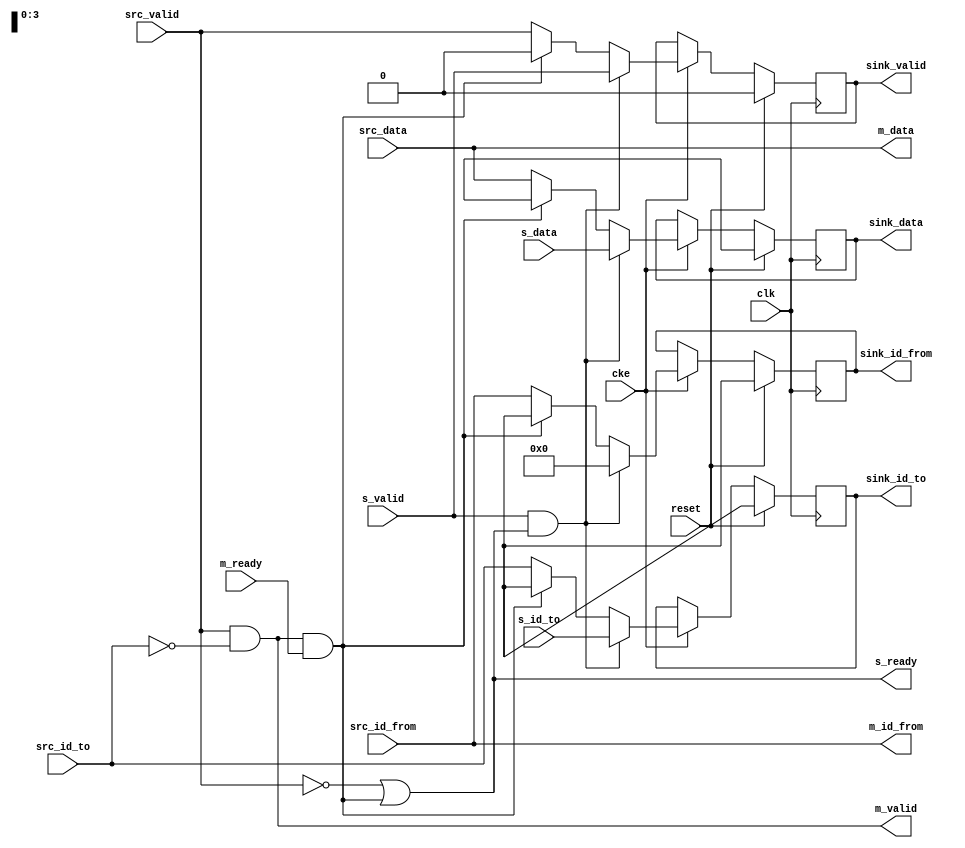
// This program was cloned from: https://github.com/ryuz/jelly
// License: MIT License

// ---------------------------------------------------------------------------
//  Jelly  -- The platform for real-time computing
//
//                                 Copyright (C) 2008-2020 by Ryuz
//                                 https://github.com/ryuz/jelly.git
// ---------------------------------------------------------------------------



`timescale 1ns / 1ps
`default_nettype none



// ring bus unit
module jelly_ring_bus_unit
        #(
            parameter   DATA_WIDTH    = 32,
            parameter   ID_TO_WIDTH   = 4,
            parameter   ID_FROM_WIDTH = 4,
            parameter   UNIT_ID_TO    = 0,
            parameter   UNIT_ID_FROM  = 0,
            
            // local
            parameter   ID_TO_BITS    = ID_TO_WIDTH   > 0 ? ID_TO_WIDTH   : 1,
            parameter   ID_FROM_BITS  = ID_FROM_WIDTH > 0 ? ID_FROM_WIDTH : 1
        )
        (
            input   wire                        reset,
            input   wire                        clk,
            input   wire                        cke,
            
            input   wire    [ID_TO_BITS-1:0]    s_id_to,
            input   wire    [DATA_WIDTH-1:0]    s_data,
            input   wire                        s_valid,
            output  wire                        s_ready,
            
            output  wire    [ID_FROM_BITS-1:0]  m_id_from,
            output  wire    [DATA_WIDTH-1:0]    m_data,
            output  wire                        m_valid,
            input   wire                        m_ready,
            
            input   wire    [ID_TO_BITS-1:0]    src_id_to,
            input   wire    [ID_FROM_BITS-1:0]  src_id_from,
            input   wire    [DATA_WIDTH-1:0]    src_data,
            input   wire                        src_valid,
            
            output  wire    [ID_TO_BITS-1:0]    sink_id_to,
            output  wire    [ID_FROM_BITS-1:0]  sink_id_from,
            output  wire    [DATA_WIDTH-1:0]    sink_data,
            output  wire                        sink_valid
        );
        
    reg     [ID_TO_BITS-1:0]        reg_sink_id_to;
    reg     [ID_FROM_BITS-1:0]      reg_sink_id_from;
    reg     [DATA_WIDTH-1:0]        reg_sink_data;
    reg                             reg_sink_valid;
    
    always @(posedge clk) begin
        if ( reset ) begin
            reg_sink_id_to   <= {ID_TO_BITS{1'bx}};
            reg_sink_id_from <= {ID_FROM_BITS{1'bx}};
            reg_sink_data    <= {DATA_WIDTH{1'bx}};
            reg_sink_valid   <= 1'b0;
        end
        else if ( cke ) begin
            // 
            reg_sink_id_to   <= src_id_to;
            reg_sink_id_from <= src_id_from;
            reg_sink_data    <= src_data;
            reg_sink_valid   <= src_valid;
            
            // 
            if ( m_valid && m_ready ) begin
                reg_sink_id_to   <= {ID_TO_BITS{1'bx}};
                reg_sink_id_from <= {ID_FROM_BITS{1'bx}};
                reg_sink_data    <= {DATA_WIDTH{1'bx}};
                reg_sink_valid   <= 1'b0;
            end
            
            // 
            if ( s_valid && s_ready ) begin
                reg_sink_id_to   <= s_id_to;
                reg_sink_id_from <= UNIT_ID_FROM;
                reg_sink_data    <= s_data;
                reg_sink_valid   <= s_valid;
            end
        end
    end
    
    
    // 
    assign s_ready      = (!src_valid || (m_valid && m_ready));
    
    assign m_id_from    = src_id_from;
    assign m_data       = src_data;
    assign m_valid      = (src_valid && ((src_id_to == UNIT_ID_TO) || (ID_TO_WIDTH <= 0)));
    
    assign sink_id_to   = reg_sink_id_to;
    assign sink_id_from = reg_sink_id_from;
    assign sink_data    = reg_sink_data;
    assign sink_valid   = reg_sink_valid;
    
    
endmodule



`default_nettype wire


// end of file